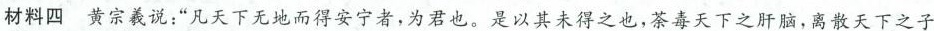
材料四 黄宗羲说：”凡天下无地而得安宁者，为君也。是以其未得之也，茶毒天下之肝脑，离散天下之子